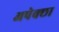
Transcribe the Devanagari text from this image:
अपेक्छा